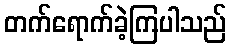
တက်ရောက်ခဲ့ကြပါသည်